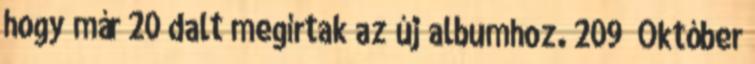
hogy már 20 dalt megírtak az új albumhoz. 209 Október